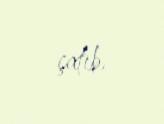
çatıb.